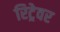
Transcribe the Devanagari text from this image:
रिट्रेवर